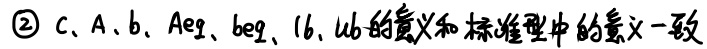
\textcircled{2} $c$、$A$、$b$、$Aeq$、$beq$、$lb$、$ub$的意义和标准型中的意义一致